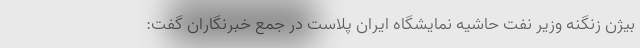
بیژن زنگنه وزیر نفت حاشیه نمایشگاه ایران پلاست در جمع خبرنگاران گفت: